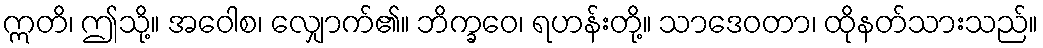
ဣတိ၊ ဤသို့။ အဝေါစ၊ လျှောက်၏။ ဘိက္ခဝေ၊ ရဟန်းတို့။ သာဒေဝတာ၊ ထိုနတ်သားသည်။